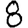
Digit: 8